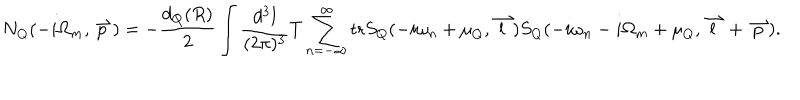
N _ { Q } ( - i \Omega _ { m } , \stackrel { \rightharpoonup } { p } ) = - \frac { d _ { Q } ( R ) } { 2 } \int \frac { d ^ { 3 } l } { ( 2 \pi ) ^ { 3 } } T \sum _ { n = - \infty } ^ { \infty } \mathrm { t r } S _ { Q } ( - i \omega _ { n } + \mu _ { Q } , \stackrel { \rightharpoonup } { l } ) S _ { Q } ( - i \omega _ { n } - i \Omega _ { m } + \mu _ { Q } , \stackrel { \rightharpoonup } { l } + \stackrel { \rightharpoonup } { p } ) .